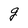
Character: g